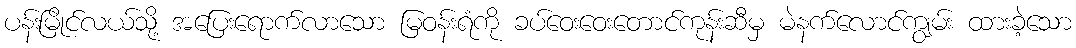
ပန်းမြိုင်လယ်သို့ အပြေးရောက်လာသော မြဝန်းရံကို ခပ်ဝေးဝေးတောင်ကုန်းဆီမှ မဲနက်လောင်ကျွမ်း ထားခဲ့သော